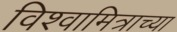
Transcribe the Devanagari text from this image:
विश्वामित्राच्या